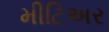
મીટિઅર